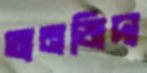
তানজিদ্য